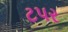
ટપર